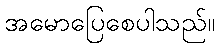
အမောပြေစေပါသည်။